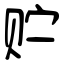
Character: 贮